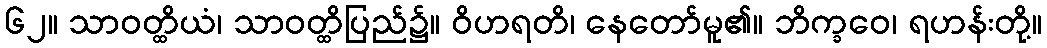
၆၂။ သာဝတ္ထိယံ၊ သာဝတ္ထိပြည်၌။ ဝိဟရတိ၊ နေတော်မူ၏။ ဘိက္ခဝေ၊ ရဟန်းတို့။